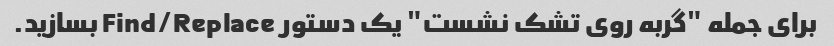
برای جمله "گربه روی تشک نشست" یک دستور Find/Replace بسازید.